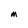
Character: M